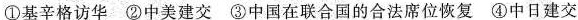
①基辛格访华 ②中美建交 ③中国在联合国的合法席位恢复 ④中日建交